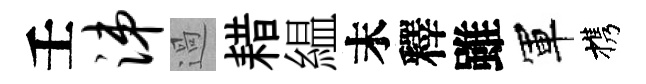
壬涕過耤緼末釋雖軍携